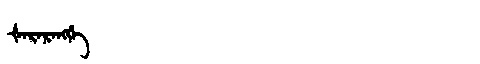
Manchu: ᡧᠠᡵᠠᡵᠠᠩᡤᡝ
Romanization: ŠARARANGGE